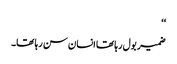
‘‘
ضمیر بول رہا تھا انسان سن رہا تھا۔